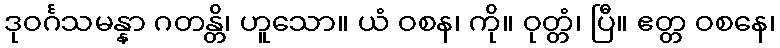
ဒုဝင်္ဂသမန္နာ ဂတန္တိ၊ ဟူသော။ ယံ ဝစန၊ ကို။ ဝုတ္တံ၊ ပြီ။ ဧတ္တ ဝစနေ၊